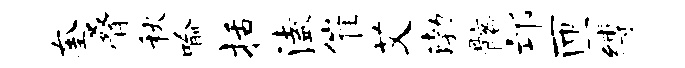
奎叠秋喻括溘催艾渤髂邙匝缚